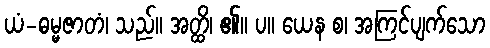
ယံ-ဓမ္မဇာတံ၊ သည်။ အတ္ထိ၊ ၏။ ပ။ ယေန စ၊ အကြင်ပျက်သော